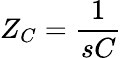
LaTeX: Z_{C}={\frac{1}{sC}}